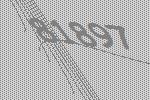
81897